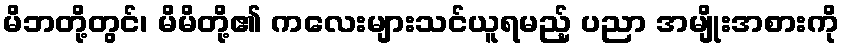
မိဘတို့တွင်၊ မိမိတို့၏ ကလေးများသင်ယူရမည့် ပညာ အမျိုးအစားကို